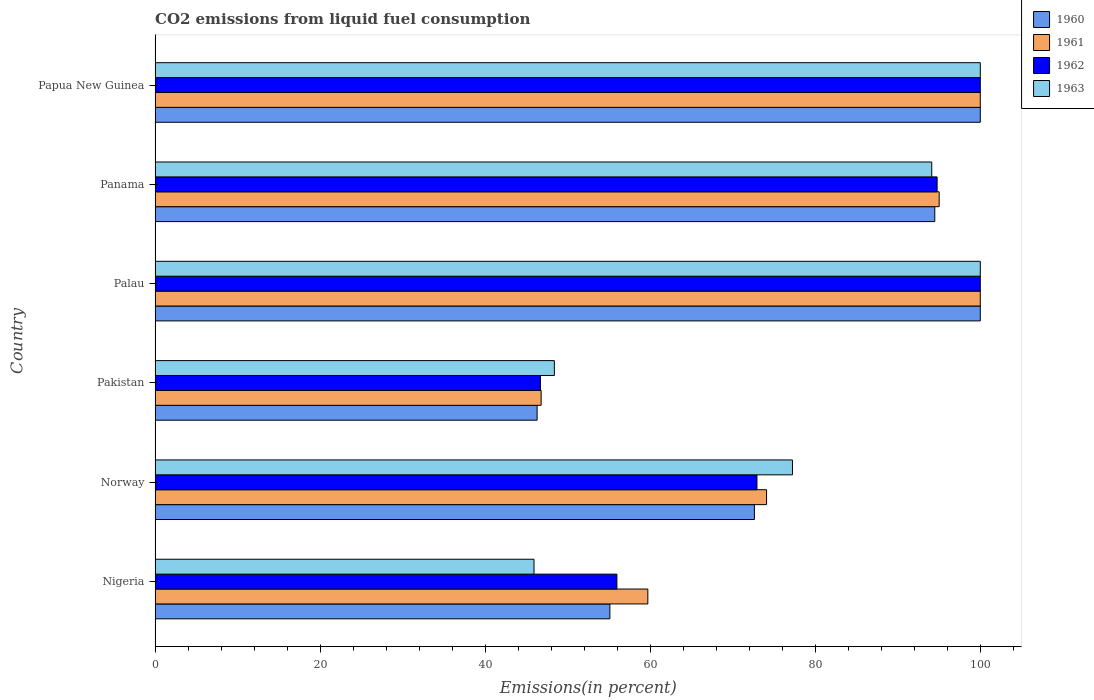
| Country | 1960 | 1961 | 1962 | 1963 |
 | --- | --- | --- | --- | --- |
 | Nigeria | 55.1 | 59.7 | 56 | 45.9 |
 | Norway | 72.6 | 74.1 | 72.9 | 77.2 |
 | Pakistan | 46.3 | 46.8 | 46.7 | 48.4 |
 | Palau | 100 | 100 | 100 | 100 |
 | Panama | 94.5 | 95 | 94.8 | 94.1 |
 | Papua New Guinea | 100 | 100 | 100 | 100 |